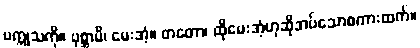
ပက္ကုသကို။ ပုစ္ဆာမိ၊ မေးအံ့။ တတော၊ ထိုမေးအံ့ဟုဆိုအပ်သောစကားထက်။